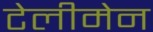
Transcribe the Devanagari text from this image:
टेलीमेन